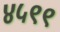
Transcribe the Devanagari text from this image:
४५९९